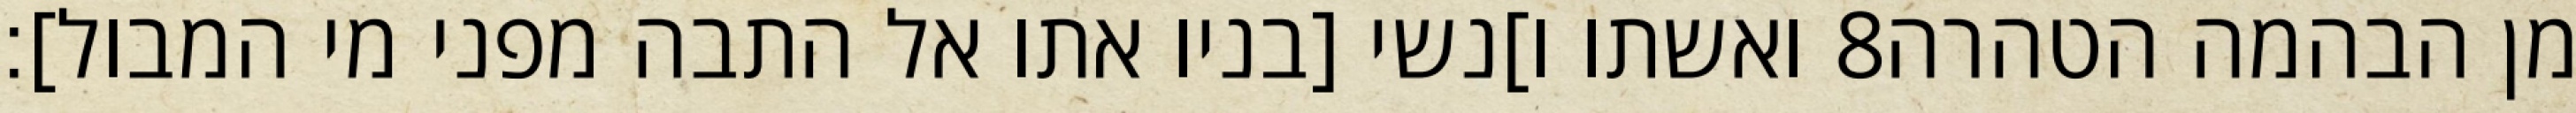
ואשתו ו]נשי [בניו אתו אל התבה מפני מי המבול]׃ ‎8‏ מן הבהמה הטהרה